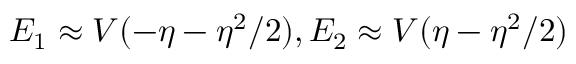
E _ { 1 } \approx V ( - \eta - \eta ^ { 2 } / 2 ) , E _ { 2 } \approx V ( \eta - \eta ^ { 2 } / 2 )